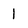
Character: 1